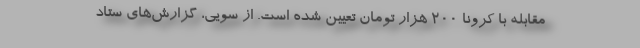
مقابله با کرونا ۲۰۰ هزار تومان تعیین شده است. از سویی، گزارش‌های ستاد